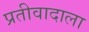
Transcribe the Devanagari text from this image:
प्रतीवादाला